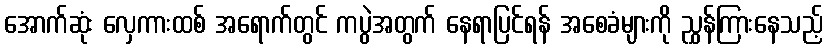
အောက်ဆုံး လှေကားထစ် အရောက်တွင် ကပွဲအတွက် နေရာပြင်ရန် အစေခံများကို ညွှန်ကြားနေသည့်